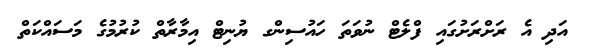
އަދި އެ ރަށްރަށުގައި ފްލެޓް ނުވަތަ ހައުސިންގ ޔުނިޓް އިމާރާތް ކުރުމުގެ މަސައްކަތް